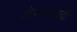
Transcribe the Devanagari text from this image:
टोपणनावाची